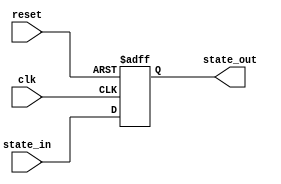
module state(
	input	reset,
	input clk,
	input [2:0] state_in,
	output reg [2:0] state_out
    );
always@(posedge clk or posedge reset)begin
	if(reset)begin
		state_out <= 3'b100;
	end
	else begin
		state_out <= state_in;
	end
end

endmodule